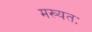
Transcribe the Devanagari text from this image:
मख्यतः